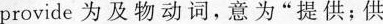
provide为及物动词，意为”提供；供